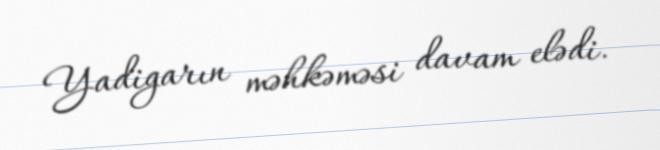
Yadigarın məhkəməsi davam elədi.